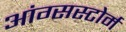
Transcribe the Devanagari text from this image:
आंग्सस्टोर्म